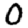
Digit: 0